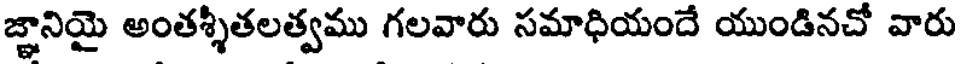
జ్ఞానియై అంతశ్శీతలత్వము గలవారు సమాధియందే యుండినచో వారు